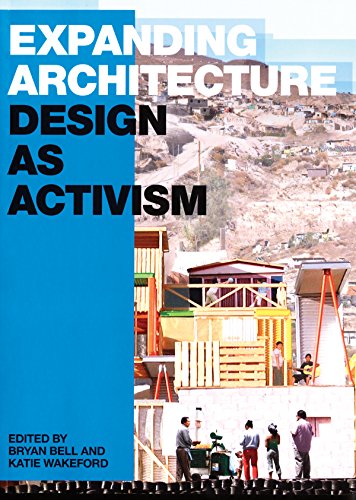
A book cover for Expanding Architecture: Design as Activism; Bryan Bell; Crafts, Hobbies & Home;